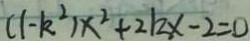
( 1 - k ^ { 2 } ) x ^ { 2 } + 2 k x - 2 = 0